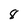
Character: 8